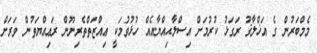
މެމްބަރުން ގެ އަޚްލާޤު ރަގަޅު ކުރުމަށް އިސްލާޙިއްޔާއެއް ހުޅުވުމަކީ ޢިއްޒަތްތެރިނޫން ރަޢިއްޔަތުން ވަރަށް